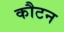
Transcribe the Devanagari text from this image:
कौटन